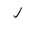
Letter: _lam